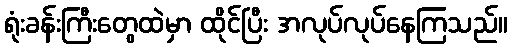
ရုံးခန်းကြီးတွေထဲမှာ ထိုင်ပြီး အလုပ်လုပ်နေကြသည်။